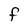
Character: F